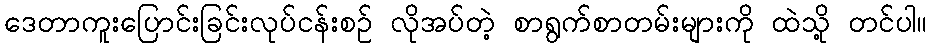
ဒေတာကူးပြောင်းခြင်းလုပ်ငန်းစဉ် လိုအပ်တဲ့ စာရွက်စာတမ်းများကို ထဲသို့ တင်ပါ။